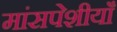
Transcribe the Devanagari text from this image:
मांसपेशीयाँ